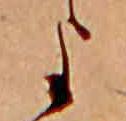
よ